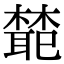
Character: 𭬊